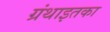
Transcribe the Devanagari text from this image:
ग्रंथाइतका